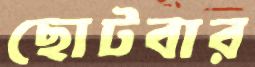
ছোটবার